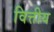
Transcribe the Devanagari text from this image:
वित्तीय